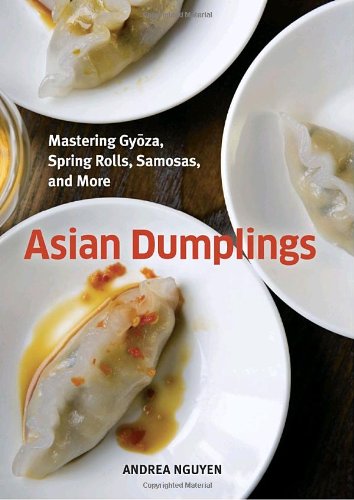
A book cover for Asian Dumplings: Mastering Gyoza, Spring Rolls, Samosas, and More; Andrea Nguyen; Cookbooks, Food & Wine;